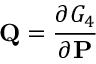
\mathbf { Q } = { \frac { \partial G _ { 4 } } { \partial \mathbf { P } } }